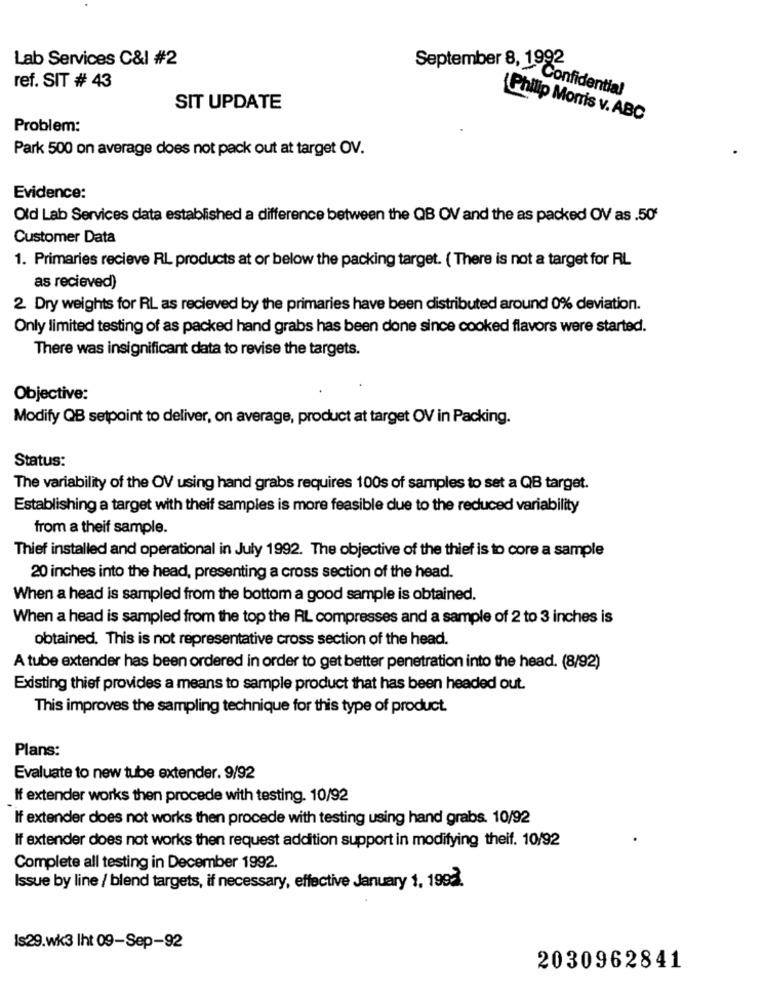
Lab Services C&I #2
September 8, 1992
ref. SIT # 43
Confidential
SIT UPDATE
Philip Morris v. ABC
Problem:
Park 500 on average does not pack out at target OV.
Evidence:
Old Lab Services data established a difference between the QB OV and the as packed OV as .50'
Customer Data
1. Primaries recieve RL products at or below the packing target. ( There is not a target for RL
as recieved)
2 Dry weights for RL as recieved by the primaries have been distributed around 0% deviation.
Only limited testing of as packed hand grabs has been done since cooked flavors were started.
There was insignificant data to revise the targets.
Objective:
Modify QB setpoint to deliver, on average, product at target OV in Packing.
Status:
The variability of the OV using hand grabs requires 100s of samples to set a QB target.
Establishing a target with theif samples is more feasible due to the reduced variability
from a theif sample.
Thief installed and operational in July 1992. The objective of the thief is to core a sample
20 inches into the head, presenting a cross section of the head.
When a head is sampled from the bottom a good sample is obtained.
When a head is sampled from the top the RL compresses and a sample of 2 to 3 inches is
obtained. This is not representative cross section of the head.
A tube extender has been ordered in order to get better penetration into the head. (8/92)
Existing thief provides a means to sample product that has been headed out.
This improves the sampling technique for this type of product.
Plans:
Evaluate to new tube extender. 9/92
If extender works then procede with testing. 10/92
If extender does not works then procede with testing using hand grabs. 10/92
If extender does not works then request addition support in modifying theif. 10/92
Complete all testing in December 1992.
Issue by line / blend targets, if necessary, effective January 1, 1992.
Is29.wk3 Iht 09-Sep-92
2030962841